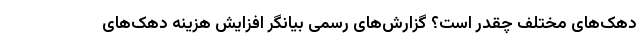
دهک‌های مختلف چقدر است؟ گزارش‌های رسمی بیانگر افزایش هزینه دهک‌های